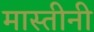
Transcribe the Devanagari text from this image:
मास्तीनी